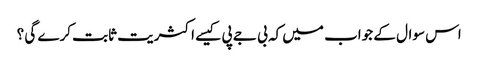
اس سوال کے جواب میں کہ بی جے پی کیسے اکثریت ثابت کرے گی ؟